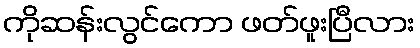
ကိုဆန်းလွင်ကော ဖတ်ဖူးပြီလား